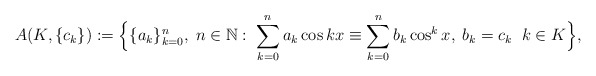
\begin{align*}A(K,\{c_k\}):=\Big\{\{a_k\}_{k=0}^n,\;n\in\mathbb{N}:\;\sum_{k=0}^n a_k\cos kx\equiv \sum_{k=0}^n b_k\cos ^kx,\;b_k=c_k\;\;k\in K\Big\},\end{align*}